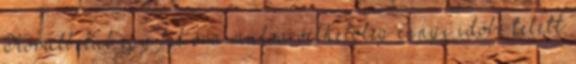
Körülbelül egy fél óra múlva vélhetőleg ennyi időbe telett